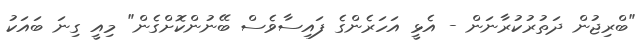
"ބްރިޖުން ދަތުރުކުރާނަން - އެޅީ އަހަރެންގެ ފައިސާވެސް ބޭނުންކޮށްގެން" މިއީ ގިނަ ބައަކު